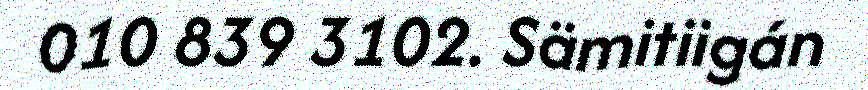
010 839 3102. Sämitiigán